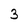
Character: 3